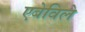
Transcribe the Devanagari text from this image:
एबेविले